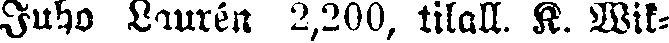
Juha Laurén 2,200, tilall. K. Wik-